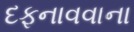
દફનાવવાના